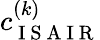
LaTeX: c_{\mathrm{~I~S~A~I~R~}}^{(k)}